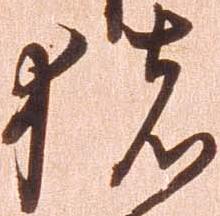
猪